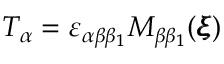
T _ { \alpha } = \varepsilon _ { \alpha \beta \beta _ { 1 } } M _ { \beta \beta _ { 1 } } ( { \pmb \xi } )